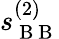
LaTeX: s_{\mathrm{~B~B~}}^{(2)}